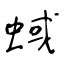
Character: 蜮